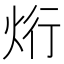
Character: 烆